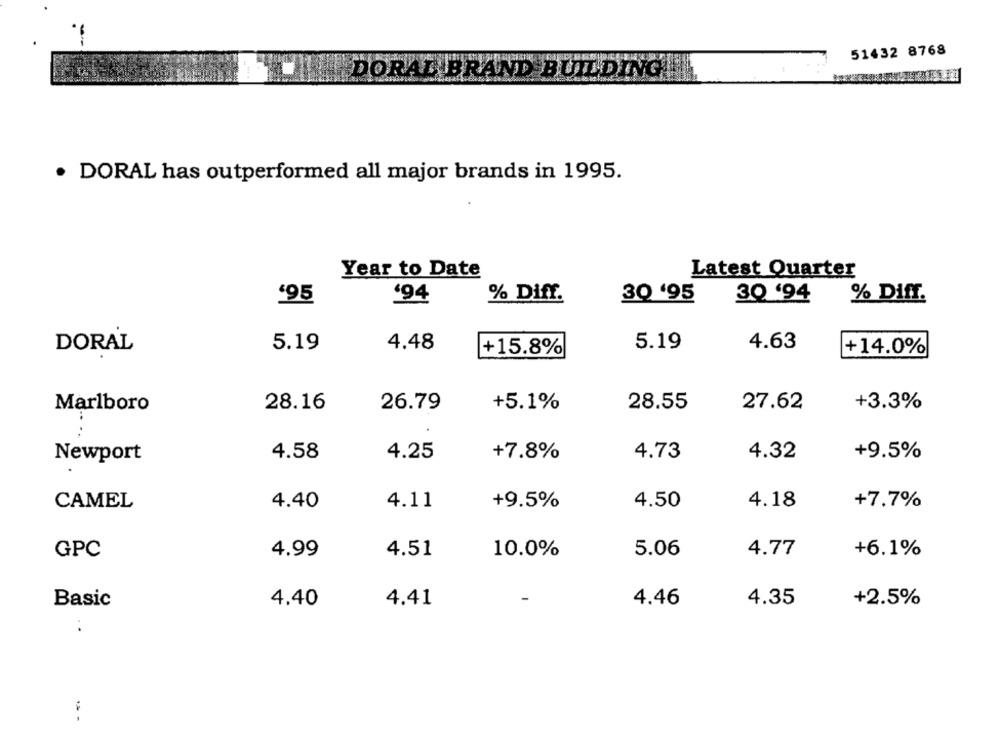
51432 8768
DORAL BRAND BUILDING
· DORAL has outperformed all major brands in 1995.
Year to Date
Latest Quarter
'95
'94
% Diff.
30 '94
% Diff.
30 '95
DORAL
5.19
4.48
5.19
4.63
+15.8%
+14.0%
Marlboro
28.16
26.79
+5.1%
28.55
27.62
+3.3%
Newport
4.58
4.25
+7.8%
4.73
4.32
+9.5%
CAMEL
4.40
4.11
+9.5%
4.50
4.18
+7.7%
GPC
4.99
4.51
10.0%
5.06
4.77
+6.1%
4.40
4.41
4.46
4.35
+2.5%
Basic
- -